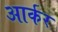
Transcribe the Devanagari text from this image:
आर्कर